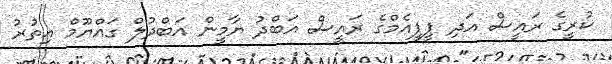
ކުރީގެ ރައީސް އަދި ޕީޕީއެމްގެ ރައީސް އަބްދު ޔާމީން އަބްދުލް ގައްޔޫމް އިތުރު